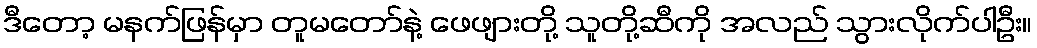
ဒီတော့ မနက်ဖြန်မှာ တူမတော်နဲ့ ဖေဖျားတို့ သူတို့ဆီကို အလည် သွားလိုက်ပါဦး။